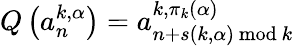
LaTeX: Q\left(a_{n}^{k,\alpha}\right)=a_{n+s(k,\alpha){~\mathrm{mod}}~k}^{k,\pi_{k}(\alpha)}